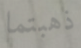
ذهبتما